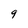
Character: 9